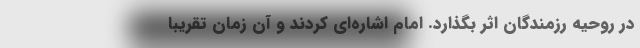
در روحیه رزمندگان اثر بگذارد. امام اشاره‌ای کردند و آن زمان تقریبا